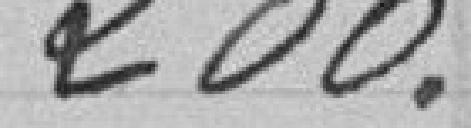
200.